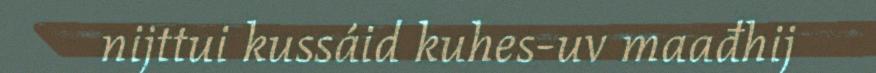
nijttui kussáid kuhes-uv maađhij